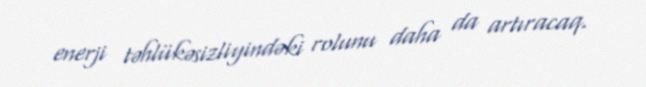
enerji təhlükəsizliyindəki rolunu daha da artıracaq.